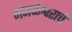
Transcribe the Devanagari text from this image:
मंगळेश्वराचे